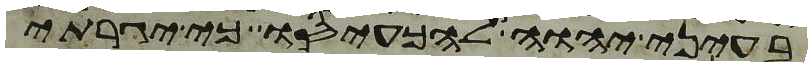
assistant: בעיני יהוה להכעיסו כי יגרתי